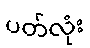
ပတ်လုံး